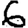
Digit: 6